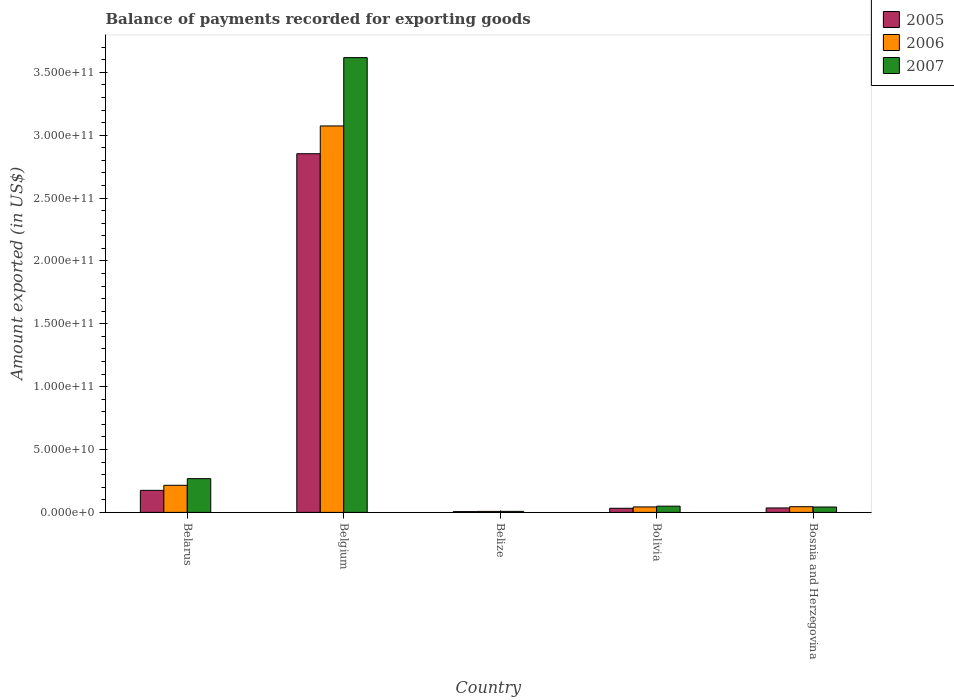
| Country | 2005 | 2006 | 2007 |
 | --- | --- | --- | --- |
 | Belarus | 1.75e+10 | 2.16e+10 | 2.69e+10 |
 | Belgium | 2.85e+11 | 3.07e+11 | 3.62e+11 |
 | Belize | 6.15e+08 | 7.76e+08 | 8.16e+08 |
 | Bolivia | 3.28e+09 | 4.35e+09 | 4.95e+09 |
 | Bosnia and Herzegovina | 3.54e+09 | 4.52e+09 | 4.29e+09 |